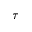
\tau